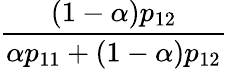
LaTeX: \frac{(1-\alpha)p_{12}}{\alpha p_{11}+(1-\alpha)p_{12}}